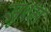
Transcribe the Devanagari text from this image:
सुश्म